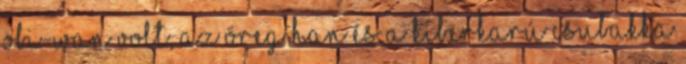
Obi-Wan volt, az öreg Han és a kiberkarú Csubakka